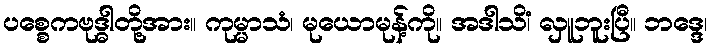
ပစ္စေကဗုဒ္ဓါတို့အား။ ကုမ္မာသံ၊ မုယောမုန့်ကို။ အဒါသိံ၊ လှူဘူးပြီ။ ဘဒ္ဒေ၊